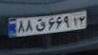
۸۸ق۶۶۹۱۲